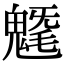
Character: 𩳯